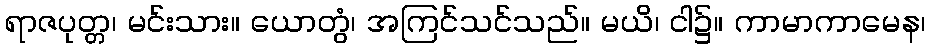
ရာဇပုတ္တ၊ မင်းသား။ ယောတွံ၊ အကြင်သင်သည်။ မယိ၊ ငါ၌။ ကာမာကာမေန၊